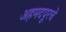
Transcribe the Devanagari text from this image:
अहमदपूरचे